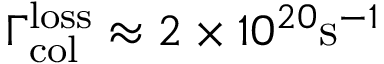
\Gamma _ { \mathrm { c o l } } ^ { \mathrm { l o s s } } \approx 2 \times 1 0 ^ { 2 0 } \mathrm { s } ^ { - 1 }